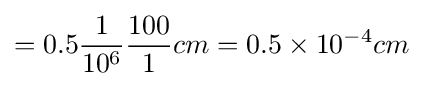
=0.5{\frac {1}{10^{6}}}{\frac {100}{1}}cm=0.5\times 10^{-4}cm